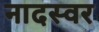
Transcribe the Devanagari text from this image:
नादस्वर